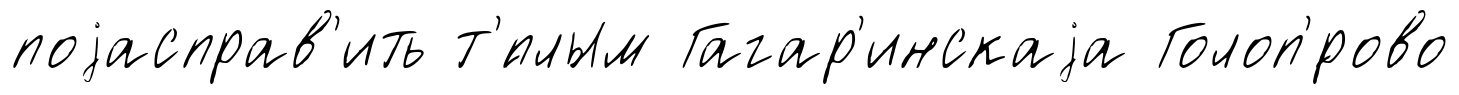
поjасправ'ить т'́плым Гагар'инскаjа Голоп'́рово